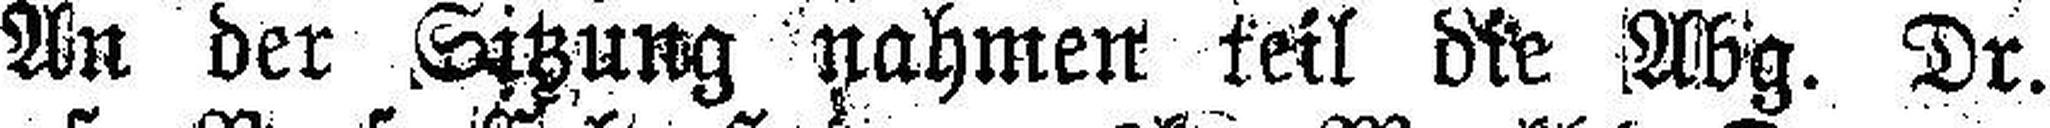
An der Sitzung nahmen teil die Abg. Dr.